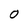
Character: 0